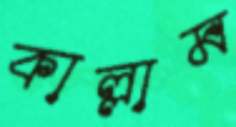
কাল্লাম